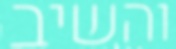
והשיב